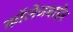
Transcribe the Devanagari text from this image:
कॉलेजबाहेर